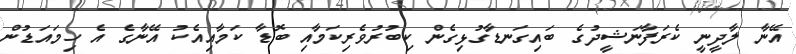
އޭނާ ލާދީނީ ކެރަފާނަޝީދުގެ ބައިގަނޑާގުޅިގެން ކިބުރުވެރިކަމާއި ބޮޑާ ކަމާއިއެކު އޭނާގެ އެ ހިމައަޑުން